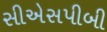
સીએસપીબી